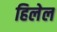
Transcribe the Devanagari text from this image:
हिलेल